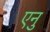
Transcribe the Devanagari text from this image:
एनु